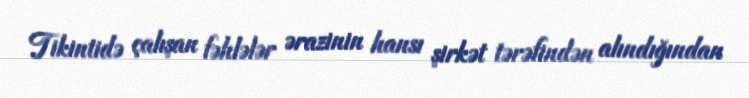
Tikintidə çalışan fəhlələr ərazinin hansı şirkət tərəfindən alındığından